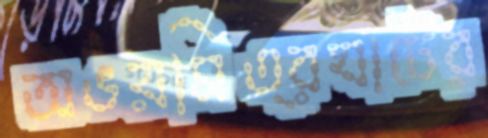
অভয়মিত্রঘাটের